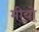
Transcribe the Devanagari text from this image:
मीयो